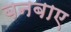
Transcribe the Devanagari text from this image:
बनबाए